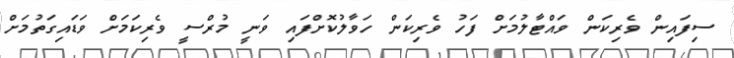
ސިފައިން ވެރިކަން ވައްޓާލުމަށް ފަހު ވެރިކަން ހަވާލުކޮށްފައި ވަނީ މުރްސީ ވެރިކަމަށް ވަޑައިގަތުމަށް